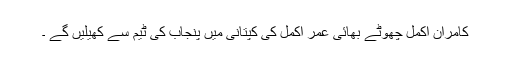
کامران اکمل چھوٹے بھائی عمر اکمل کی کپتانی میں پنجاب کی ٹیم سے کھیلیں گے ۔